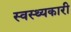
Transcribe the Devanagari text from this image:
स्वस्थ्यकारी